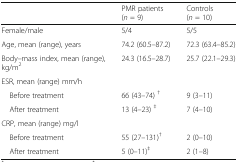
<table><thead><tr><td></td><td><b>PMR patients(<i>n</i> = 9)</b></td><td><b>Controls(<i>n</i> = 10)</b></td></tr></thead><tbody><tr><td>Female/male</td><td>5/4</td><td>5/5</td></tr><tr><td>Age, mean (range), years</td><td>74.2 (60.5–87.2)</td><td>72.3 (63.4–85.2)</td></tr><tr><td>Body–mass index, mean (range), kg/m<sup>2</sup></td><td>24.3 (16.5–28.7)</td><td>25.7 (22.1–29.3)</td></tr><tr><td colspan="3">ESR, mean (range) mm/h</td></tr><tr><td> Before treatment</td><td>66 (43–74) <sup>†</sup></td><td>9 (3–11)</td></tr><tr><td> After treatment</td><td>13 (4–23) <sup>‡</sup></td><td>7 (4–10)</td></tr><tr><td colspan="3">CRP, mean (range) mg/l</td></tr><tr><td> Before treatment</td><td>55 (27–131)<sup>†</sup></td><td>2 (0–10)</td></tr><tr><td> After treatment</td><td>5 (0–11)<sup>‡</sup></td><td>2 (1–8)</td></tr></tbody></table>